Statistics compiled by the Government of India from the reports of provincial Civil Veterinary Departments
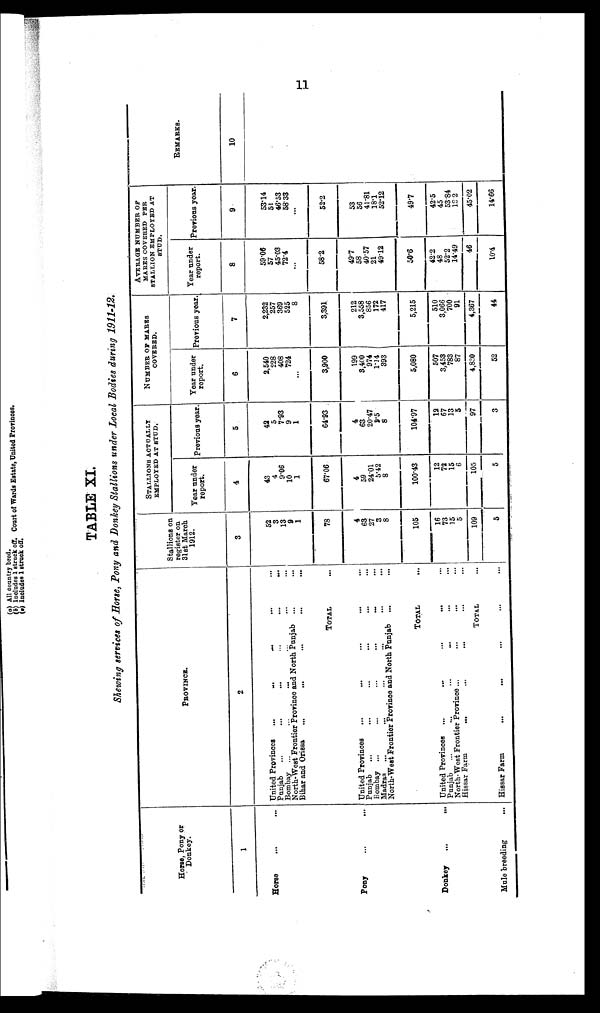
11
TABLE XI.
Shewing services of Horse, Pony and Donkey Stallions under Local Bodies during 1911-12.
Horse, Pony or
Donkey.
1
Horse ... ...
Pony ... ...
Donkey
...
...
Mule breeding ...
PROVINCE.
2
United Provinces
...
...
...
...
Punjab
...
...
...
...
...
...
Bombay ... ...
North-West Frontier Province and North Punjab ... ... ...
Bihar and Orissa ... ... ... ...
TOTAL ...
United Provinces ... ... ... ...
Punjab ... ... ... ...
Bombay ...
...
...
...
...
Madras ... ... ...
North-West Frontier Province and North Punjab ... ... ...
TOTAL ...
United Provinces ... ... ... ... ...
Punjab ... ... ... ... ...
North-West Frontier Province ... ... ... ...
Hissar Farm
... ... ... ...
TOTAL...
Hissar Farm ... ... ... ... ...
Stallions on
register on
31st March
1912.
3
52
3
13
9
1
78
4
63
27
3
8
105
16
73
15
5
109
5
STALLIONS ACTUALLY EMPLOYED AT STUD.
Tear under
report.
4
43
4
9.06
10
1
67.06
4
59
24.01
5.42
8
100.43
12
72
15
6
105
5
Previous year.
5
42
5
7.93
9
1
64.93
4
63
20.47
9.5
8
104.97
12
67
13
5
97
3
NUMBER OF MARES
COVERED.
Tear under
report.
6
2,540
228
408
724
...
3,900
199
3,400
974
1.14
393
5,080
507
3,453
783
87
4,830
52
Previous year.
7
2,232
257
369
525
8
3,391
212
3,558
856
172
417
5,215
510
3,066
700
91
4,367
44
AVERAGE NUMBER OF
MARES COVERED PER
STALLION EMPLOYED AT
STUD.
Tear under
report.
8
59.06
57
45.03
72.4
...
58.2
49.7
58
40.57
21
49.12
50.6
42.2
48
52.2
14.49
46
10.4
Previous year.
9
53.14
51
46.53
58.33
...
52.2
53
56
41.81
18.1
52.12
49.7
42.5
45
53.84
18.2
45.02
14.66
REMARKS.
10